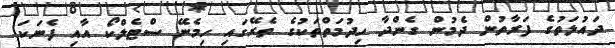
ދައުލަތުގެ ފަރާތުން ދެމުން ގެންދާ ހިދުމަތްތަކުގެ ތެރޭގައި ހިމެނޭ ސްޓެލްކޯ އާއި ފެނަކަ